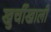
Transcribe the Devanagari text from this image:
खुर्चीखाली